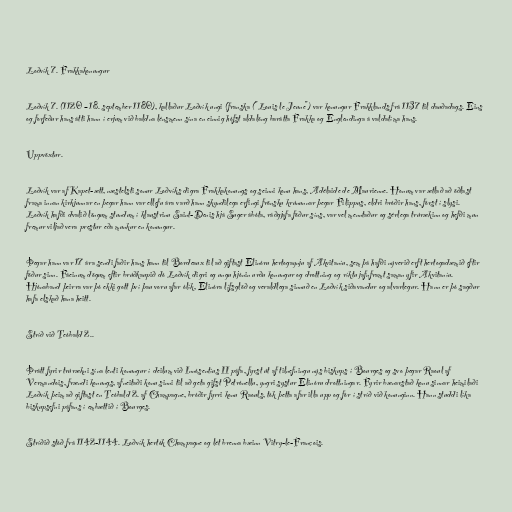
Loðvík 7. Frakkakonungur

Loðvík 7. (1120 – 18. september 1180), kallaður Loðvík ungi (franska ("Louis le Jeune") var konungur Frakklands frá 1137 til dauðadags. Eins
og forfeður hans átti hann í erjum við baldna lénsmenn sína en einnig hófst aldalöng barátta Frakka og Englendinga á valdatíma hans.

Uppvöxtur.

Loðvík var af Kapet-ætt, næstelsti sonur Loðvíks digra Frakkakonungs og seinni konu hans, Adélaide de Maurienne. Honum var ætlað að öðlast
frama innan kirkjunnar en þegar hann var ellefu ára varð hann skyndilega erfingi frönsku krúnunnar þegar Filippus, eldri bróðir hans, fórst í slysi.
Loðvík hafði dvalið löngum stundum í klaustrinu Saint-Denis hjá Suger ábóta, ráðgjafa föður síns, var vel menntaður og sérlega trúrækinn og hefði mun
fremur viljað vera prestur eða munkur en konungur.

Þegar hann var 17 ára sendi faðir hans hann til Bordeaux til að giftast Elinóru hertogaynju af Akvitaníu, sem þá hafði nýverið erft hertogadæmið eftir
föður sinn. Fáeinum dögum eftir brúðkaupið dó Loðvík digri og ungu hjónin urðu konungur og drottning og ríktu jafnframt saman yfir Akvitaníu.
Hjónaband þeirra var þó ekki gott því þau voru afar ólík, Elinóra lífsglöð og veraldlega sinnuð en Loðvík siðavandur og alvarlegur. Hann er þó sagður
hafa elskað hana heitt.

Stríð við Teóbald 2..

Þrátt fyrir trúrækni sína lenti konungur í deilum við Innósentíus II páfa, fyrst út af tilnefningu nýs biskups í Bourges og svo þegar Raoul af
Vermandois, frændi konungs, afneitaði konu sinni til að geta gifst Petrónellu, yngri systur Elinóru drottningar. Fyrir bænarstað konu sinnar heimilaði
Loðvík þeim að giftast en Teóbald 2. af Champagne, bróðir fyrri konu Raouls, tók þetta afar illa upp og fór í stríð við konunginn. Hann studdi líka
biskupsefni páfans í embættið í Bourges.

Stríðið stóð frá 1142-1144. Loðvík hertók Champagne og lét brenna bæinn Vitry-le-François.